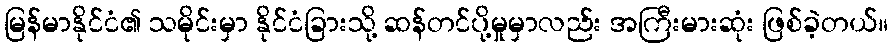
မြန်မာနိုင်ငံ၏ သမိုင်းမှာ နိုင်ငံခြားသို့ ဆန်တင်ပို့မှုမှာလည်း အကြီးမားဆုံး ဖြစ်ခဲ့တယ်။